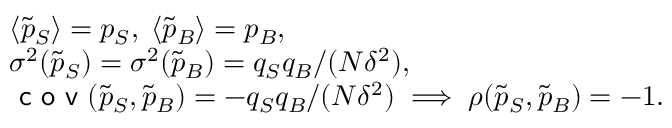
\begin{array} { r l } & { \langle \tilde { p } _ { S } \rangle = p _ { S } , \; \langle \tilde { p } _ { B } \rangle = p _ { B } , } \\ & { \sigma ^ { 2 } ( \tilde { p } _ { S } ) = \sigma ^ { 2 } ( \tilde { p } _ { B } ) = q _ { S } q _ { B } / ( N \delta ^ { 2 } ) , } \\ & { \textsf { c o v } ( \tilde { p } _ { S } , \tilde { p } _ { B } ) = - q _ { S } q _ { B } / ( N \delta ^ { 2 } ) \; \Longrightarrow \; \rho ( \tilde { p } _ { S } , \tilde { p } _ { B } ) = - 1 . } \end{array}